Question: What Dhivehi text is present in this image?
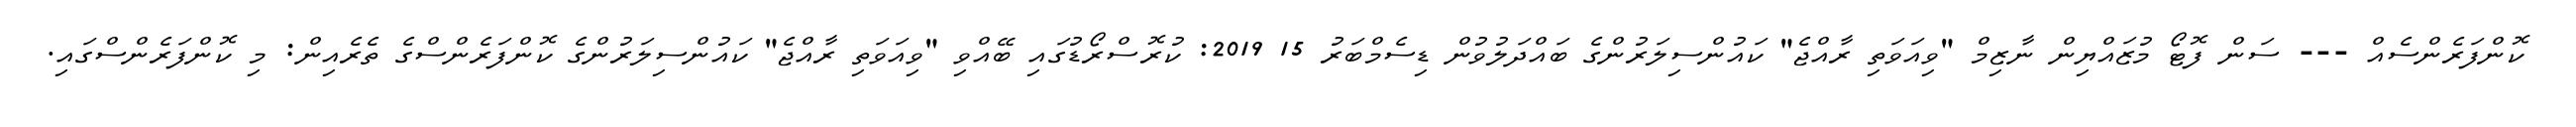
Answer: ކޮންފަރެންސެއް --- ސަން ފޮޓޯ މުޒައްޔިން ނާޒިމް "ވިއަވަތި ރާއްޖެ" ކައުންސިލަރުންގެ ބައްދަލުވުން ޑިސެމްބަރު 15 2019: ކުރޮސްރޯޑުގައި ބޭއްވި "ވިއަވަތި ރާއްޖެ" ކައުންސިލަރުންގެ ކޮންފަރެންސްގެ ތެރެއިން: މި ކޮންފަރެންސްގައި.